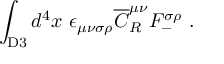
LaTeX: \int _ { \mathrm { D 3 } } d ^ { 4 } x ~ \epsilon _ { \mu \nu \sigma \rho } { \overline { { C } } } _ { R } ^ { \mu \nu } F _ { - } ^ { \sigma \rho } ~ .